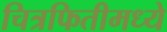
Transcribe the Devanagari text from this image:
चित्रफितीमध्ये